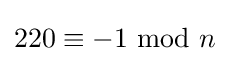
220\equiv -1{\text{ mod }}n